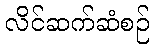
လိင်ဆက်ဆံစဉ်